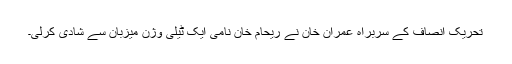
تحریک انصاف کے سربراہ عمران خان نے ریحام خان نامی ایک ٹیلی وژن میزبان سے شادی کرلی۔